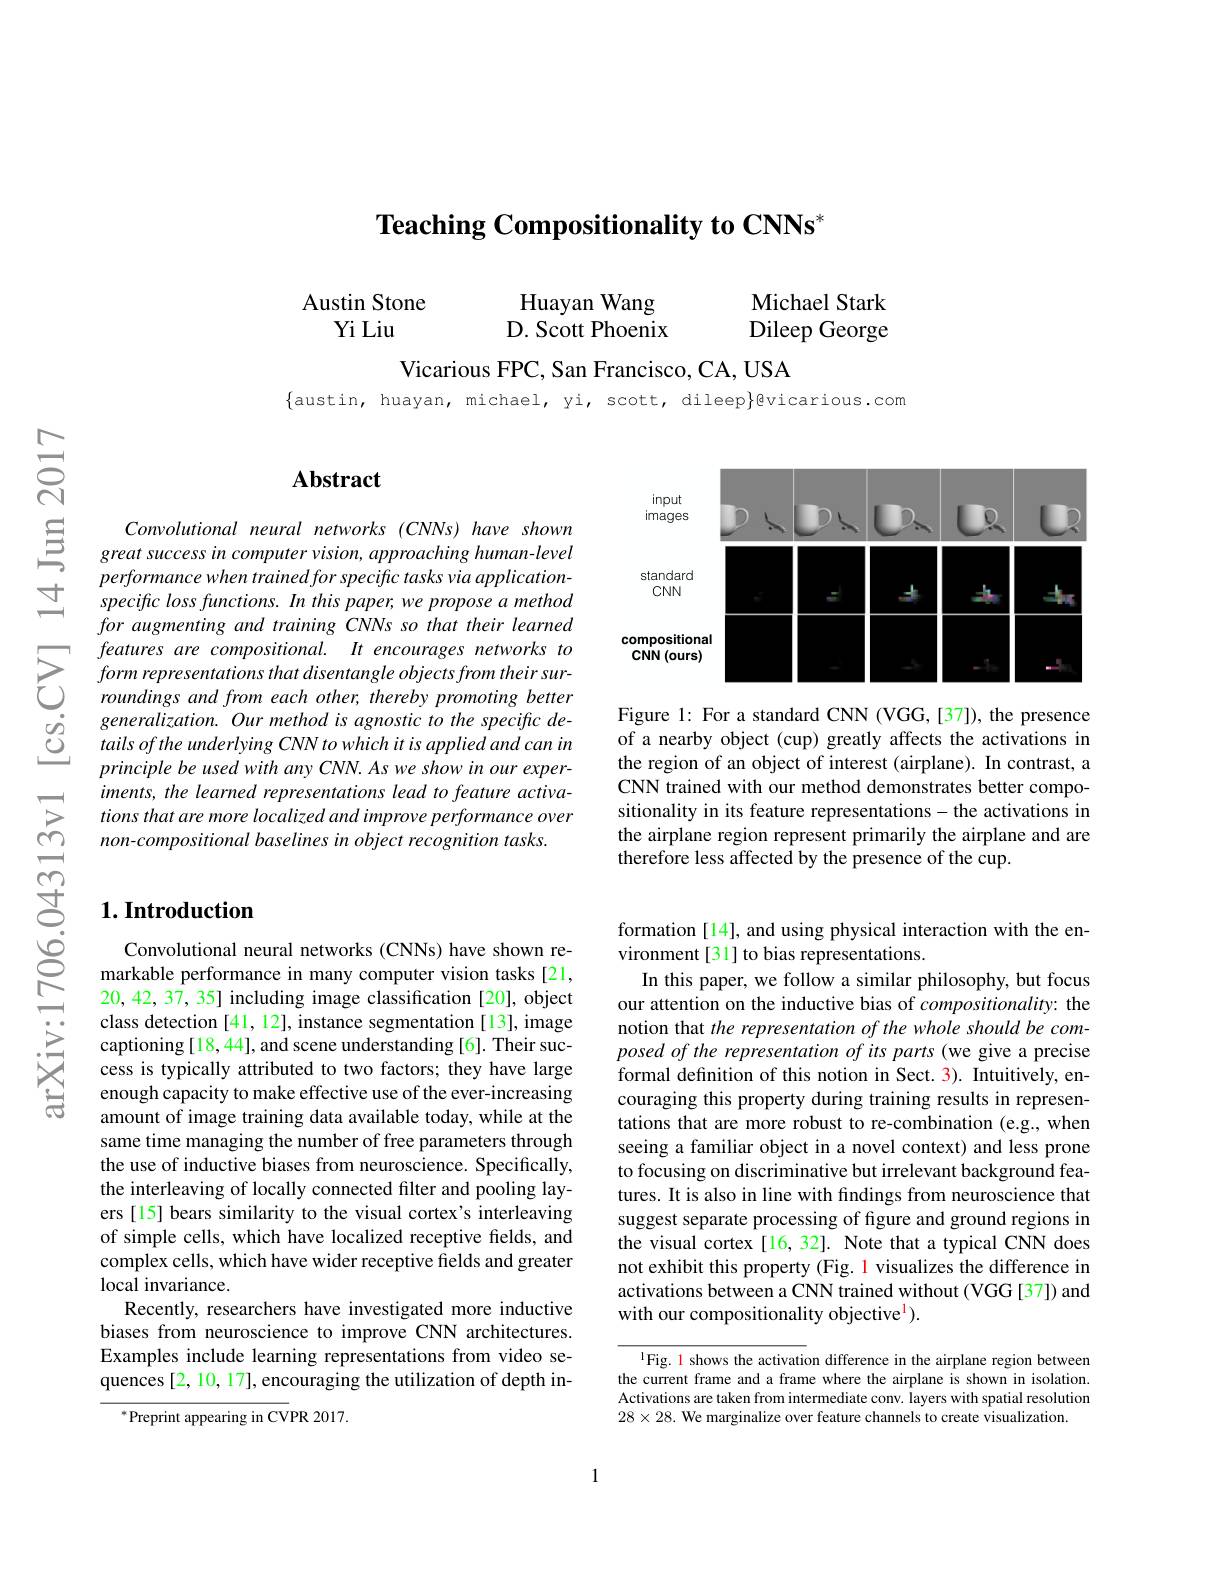
$\textbf{Teaching Compositionality to CNNs}^*$

Austin Stone Yi Liu

Huayan Wang D. Scott Phoenix

Michael Stark Dileep George

Vicarious FPC, San Francisco, CA, USA

$\{$austin, huayan, michael, yi, scott, dileep$\}$@vicarious.com

## $\mathbf{Abstract}$

$\begin{array}{ccc}\Xi&Convolutional&neural&networks&(CNNs)&have&shown\\\Xi&great&success&in&computer&vision,&approaching&human-level\\performance&when&trainedfor&specific&tasks&via&application-\end{array}$
specific loss functions. In this paper, we propose a method for augmenting and training CNNs so that their learned features are compositional. It encourages networks to
$\sum_{\begin{array}{lll}&features&are&compositional.&It&encourages&networks&to\\&form&representations&that&disentangle&objectsfrom&theirsur-\\&roundings&and&from&each&other;&thereby&promoting&better\\\varvdots&generalization.&Our&method&is&agnostic&to&the&specific&de-\end{array}}$ $\begin{array}{lll}\dot{g}&\text{generalization. Our method is agnostic to the specific de-}\\\dot{g}&\text{tails ofthe underlying CNN to which it is applied and can in}\end{array}$
principle be used with any CNN. As we show in our experiments, the learned representations lead to feature activations that are more localized and improve performance over non-compositional baselines in object recognition tasks.

### $1. \textbf{Introduction}$

Convolutional neural networks (CNNs) have shown remarkable performance in many computer vision tasks [21, 20,42,37,35] including image classification [20], object class detection [41,12], instance segmentation [13], image captioning [18,44], and scene understanding [6]. Their success is typically attributed to two factors; they have large enough capacity to make effective use of the ever-increasing amount of image training data available today, while at the same time managing the number of free parameters through the use of inductive biases from neuroscience. Specifically, the interleaving of locally connected filter and pooling layers [15] bears similarity to the visual cortex's interleaving of simple cells, which have localized receptive fields, and complex cells, which have wider receptive fields and greater local invariance.
Recently, researchers have investigated more inductive biases from neuroscience to improve CNN architectures. Examples include learning representations from video sequences [2, 10, 17], encouraging the utilization of depth in-

$^*$Preprint appearing in CVPR 2017.

<FigureHere>

Figure 1: For a standard CNN (VGG,[37]), the presence of a nearby object (cup) greatly affects the activations in the region of an object of interest (airplane). In contrast, a CNN trained with our method demonstrates better compositionality in its feature representations-the activations in the airplane region represent primarily the airplane andare therefore less affected by the presence of the cup.

formation [14], and using physical interaction with the en-
vironment[31] to bias representations.
In this paper, we follow a similar philosophy, but focus our attention on the inductive bias of compositionality: the notion that the representation of the whole should be composed of the representation of its parts (we give a precise formal definition of this notion in Sect. 3). Intuitively, encouraging this property during training results in representations that are more robust to re-combination (e.g., when seeing a familiar object in a novel context) and less prone to focusing on discriminative but irrelevant background features. It is also in line with findings from neuroscience that suggest separate processing of figure and ground regions in the visual cortex [16, 32]. Note that a typical CNN does not exhibit this property (Fig. 1 visualizes the difference in activations between a CNN trained without (VGG [37]) and with our compositionality objective$^{\mathrm{l}}).$

l Fig. 1 shows the activation difference in the airplane region between the current frame and a frame where the airplane is shown in isolation. Activations are taken from intermediate conv. layers with spatial resolution $28\times28.$ We marginalize over feature channels to create visualization.